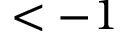
< - 1